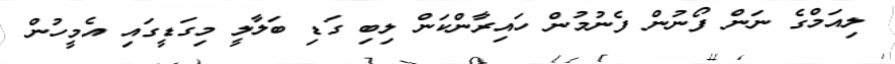
ލިއަމްގެ ނަން ފޯނުން ފެނުމުން ހައިރާންކަން ލިބި ގަޑި ބަލާލީ މިގަޑީގައި އެމީހުން